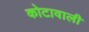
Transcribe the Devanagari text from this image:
कोटावाली